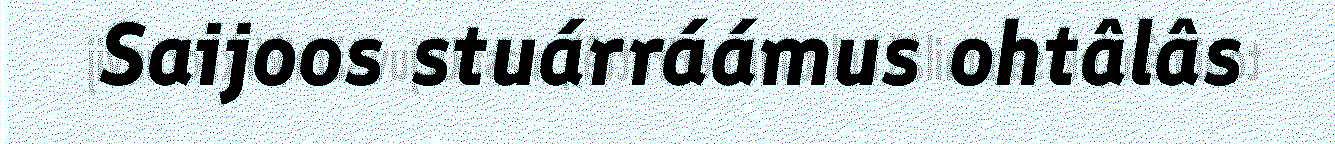
Saijoos stuárráámus ohtâlâs